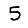
Digit: 5